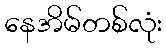
နေအိမ်တစ်လုံး